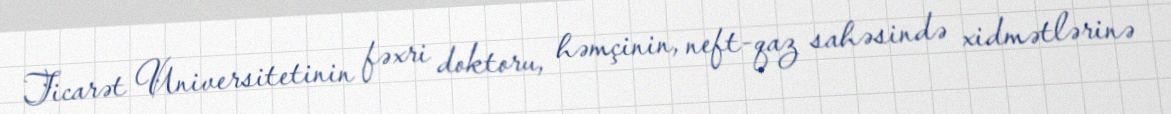
Ticarət Universitetinin fəxri doktoru, həmçinin, neft-qaz sahəsində xidmətlərinə